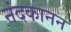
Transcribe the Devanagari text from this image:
नंदकानन